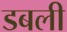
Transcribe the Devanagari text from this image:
डबली